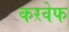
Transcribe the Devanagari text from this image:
करवेफ